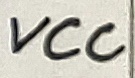
Text: VCC